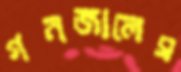
গনজালেস